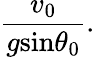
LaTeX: \frac{v_{0}}{g\textrm{sin}\theta_{0}}.